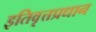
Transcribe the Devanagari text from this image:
इतिवृत्तप्रधान